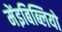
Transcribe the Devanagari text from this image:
मेंइबिब्लियो